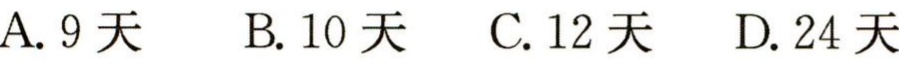
A. 9天  B. 10天  C. 12天  D. 24天